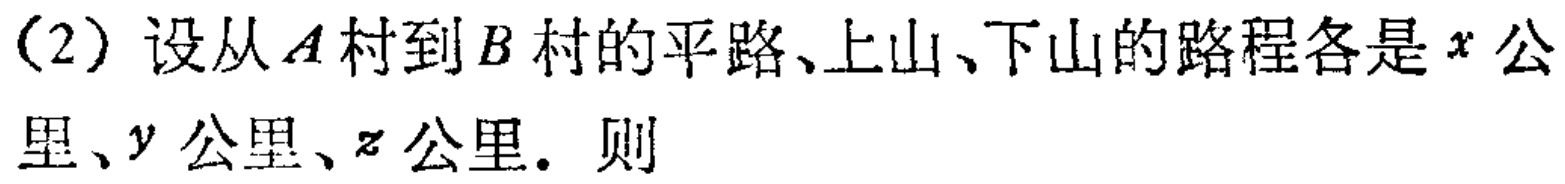
（2）设从\(A\)村到\(B\)村的平路、上山、下山的路程各是\(x\)公里、\(y\)公里、\(z\)公里. 则